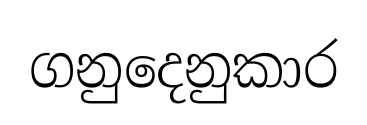
ගනුදෙනුකාර